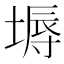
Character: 𡏌